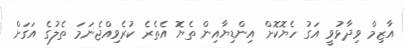
އާޒިމް ވިދާޅުވީ އަގު ހެޔޮކޮށް އިންޑިޔާއިން ތެޔޮ އެތެރެ ކުރެވިއްޖެނަމަ ތެލުގެ އަގަށް